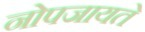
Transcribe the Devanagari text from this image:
नोपजायते